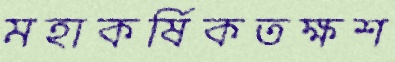
মহাকর্ষিকতক্ষশ